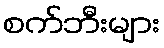
စက်ဘီးများ